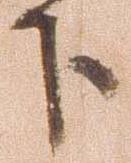
下